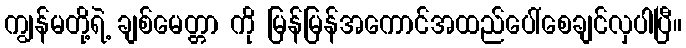
ကျွန်မတို့ရဲ့ ချစ်မေတ္တာ ကို မြန်မြန်အကောင်အထည်ပေါ်စေချင်လှပါပြီ။